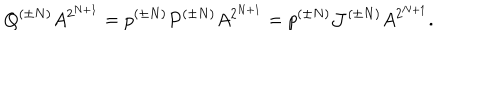
Q ^ { ( \pm N ) } A ^ { 2 ^ { N + 1 } } = p ^ { ( \pm N ) } P ^ { ( \pm N ) } A ^ { 2 ^ { N + 1 } } = p ^ { ( \pm N ) } { \cal J } ^ { ( \pm N ) } A ^ { 2 ^ { N + 1 } } .